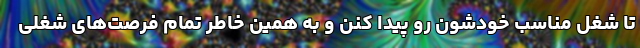
تا شغل مناسب خودشون رو پیدا کنن و به همین خاطر تمام فرصت‌های شغلی